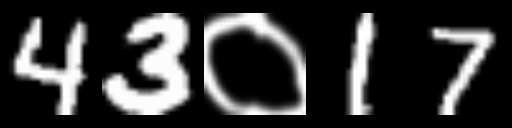
Text: 43०17